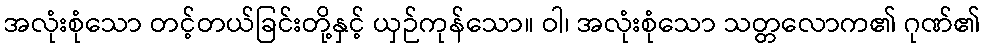
အလုံးစုံသော တင့်တယ်ခြင်းတို့နှင့် ယှဉ်ကုန်သော။ ဝါ၊ အလုံးစုံသော သတ္တလောက၏ ဂုဏ်၏